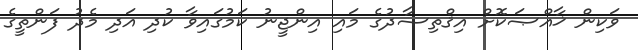
ވަކިން ޚާއްޞަކޮށް އިޤްތިޞާދުގެ މައި އިންޖީނު ކަމުގައިވާ ކުދި އަދި މެދު ފަންތީގެ